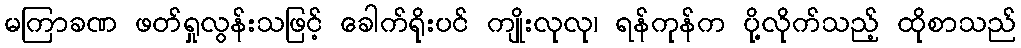
မကြာခဏ ဖတ်ရှုလွန်းသဖြင့် ခေါက်ရိုးပင် ကျိုးလုလု၊ ရန်ကုန်က ပို့လိုက်သည့် ထိုစာသည်